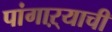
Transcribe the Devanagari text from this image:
पांगाऱ्याची